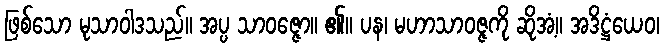
ဖြစ်သော မုသာဝါဒသည်။ အပ္ပ သာဝဇ္ဇော။ ၏။ ပန၊ မဟာသာဝဇ္ဇကို ဆိုအံ့။ အဒိဋ္ဌံယေဝ၊